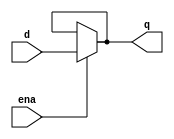
/*
Implement a latch
*/

module top_module (
    input d, 
    input ena,
    output q);

    assign q = ena ? d : q;

endmodule